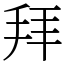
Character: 拜